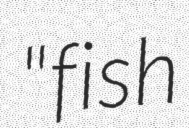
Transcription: "fish